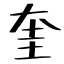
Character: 奎